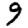
Digit: 9